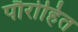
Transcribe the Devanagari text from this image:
पौरोहित